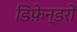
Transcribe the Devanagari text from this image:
डिफ़ेन्डरों